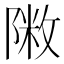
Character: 𨻖